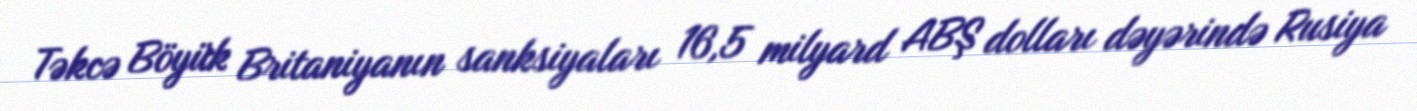
Təkcə Böyük Britaniyanın sanksiyaları 16,5 milyard ABŞ dolları dəyərində Rusiya